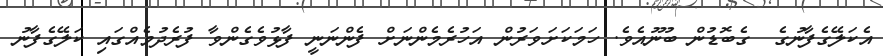
އެކަލޭގެފާނުގެ  ގެބޮޑުން ބުނޫއެވެ. ހަމަކަށަވަރުން އަހުރެމެންނަށް ފެންނަނީ ފާޅުވެގެންވާ ފުރެދުމެއްގައި ކަލޭގެފާނު